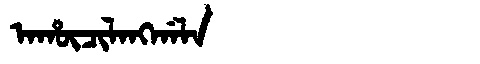
Manchu: ᠠᡥᡡᠴᡳᠯᠠᠩᡤᠠᠯᠠ
Romanization: AHŪCILANGGALA